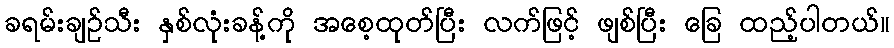
ခရမ်းချဉ်သီး နှစ်လုံးခန့်ကို အစေ့ထုတ်ပြီး လက်ဖြင့် ဖျစ်ပြီး ခြေ ထည့်ပါတယ်။